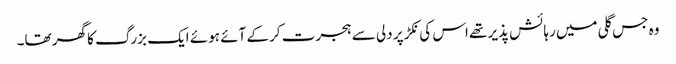
وہ جس گلی میں رہائش پذیر تھے اس کی نکڑ پر دلی سے ہجرت کر کے آئے ہوئے ایک بزرگ کا گھر تھا۔